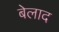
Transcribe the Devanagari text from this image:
बेलाद